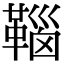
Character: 𩋈